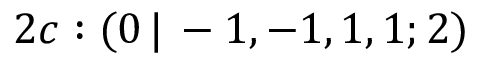
2 c : ( 0 \, | \, - 1 , - 1 , 1 , 1 ; 2 )